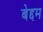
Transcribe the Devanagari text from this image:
बेद्दम